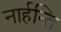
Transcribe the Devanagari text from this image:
नार्हन्ति